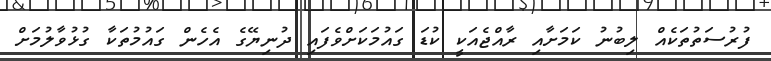
ފުރުސަތުތަކެއް ލިބުނު ކަމަށާއި ރާއްޖެއަކީ ކުޑަ ގައުމަކަށްވެފައި ދުނިޔޭގެ އެހެން ގައުމުތަކާ ގުޅުވާލުމަށް